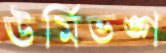
ঊর্মিভঙ্গ